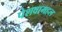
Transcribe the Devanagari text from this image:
पेशवामहल